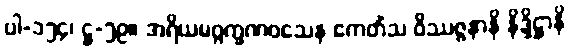
ပါ-၁၅၄၊ ဋ္ဌ-၅၉။ အရိယမဂ္ဂက္ခဏဝသေန ဧကတိံသ ဝိဿဇ္ဇနာနိ နိဒ္ဒိဋ္ဌာနိ